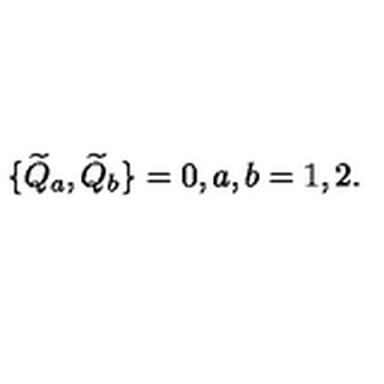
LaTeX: \{ { \widetilde Q _ { a } } , { \widetilde Q _ { b } } \} = 0 , a , b = 1 , 2 .